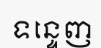
ទន្ទេញ